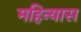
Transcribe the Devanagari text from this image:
महिन्यास